Black-water fever - Number 35
Disease focus: Fever
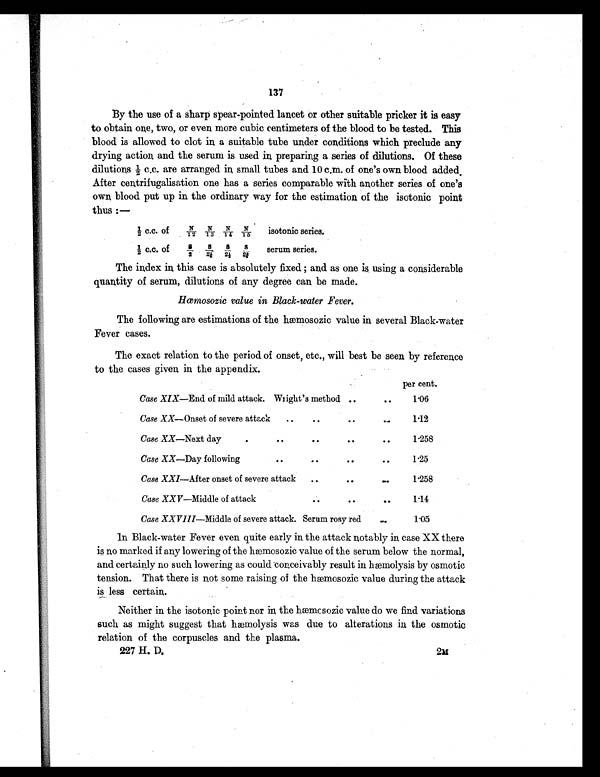
137
By the use of a sharp spear-pointed lancet or other suitable pricker it is easy
to obtain one, two, or even more cubic centimeters of the blood to be tested. This
blood is allowed to clot in a suitable tube under conditions which preclude any
drying action and the serum is used in, preparing a series of dilutions. Of these
d i l u t i o n s 1 / 2 c . c . a r e a r r a n g e d i n s ma l l t u b e s a n d 1 0 c . m. o f o n e ' s o wn b l o o d a d d e d
After centrifugalisation one has a series comparable with another series of one's
own blood put up in the ordinary way for the estimation of the isotonic point
thus
1 / 2 c . c . o f
N / 1 2 N/13 N/14 N/15
isotonic series.
1 / 2
c . c . o f
8 / 2 8/ 24 8/24 8/24
serum series.
The index in this case is absolutely fixed ; and as one is using a considerable
quantity of serum, dilutions of any degree can be made.
Hœmosozic value in Black-water Fever.
The following are estimations of the hæmosozic value in several Black-water
Fever cases.
The exact relation to the period of onset, etc., will best be seen by reference
to the cases given in the appendix.
per cent.
Case XIX—End of mild attack.Wright's method..
1.06
Case XX—Onset of severe attack
..
..
..
...
1.12
Case XX—Next day..
..
. .
1.258
Case XX—Day following
. .
..
. .
..
1.25
Case XXI—After onset of severe attack
..
. .
..
1.258
Case XXV—Middle of attack
..
. .
..
1 . 1 4
Case XXVIII—Middle of severe attack. Serum rosy red
..
1.05
In Black-water Fever even quite early in the attack notably in case XX there
is no marked if any lowering of the hæmosozic value of the serum below the normal,
and certainly no such lowering as could conceivably result in hæmolysis by osmotic
tension. That there is not some raising of the hæmosozic value during the attack
is less certain.
Neither in the isotonic point nor in the hæmosozic value do we find variations
such as might suggest that hæmolysis was due to alterations in the osmotic
relation of the corpuscles and the plasma.
227 H. D.
2m